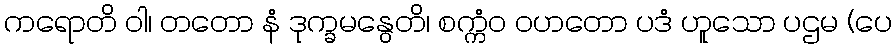
ကရောတိ ဝါ၊ တတော နံ ဒုက္ခမနွေတိ၊ စက္ကံဝ ဝဟတော ပဒံ ဟူသော ပဌမ (ပေ